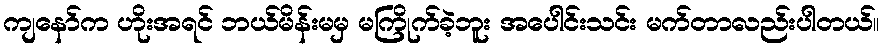
ကျနော်က ဟိုးအရင် ဘယ်မိန်းမမှ မကြိုက်ခဲ့ဘူး အပေါင်းသင်း မက်တာလည်းပါတယ်။